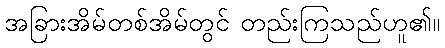
အခြားအိမ်တစ်အိမ်တွင် တည်းကြသည်ဟူ၏။